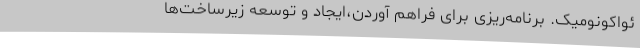
ئواکونومیک. برنامه‌ریزی برای فراهم آوردن،ایجاد و توسعه زیرساخت‌ها